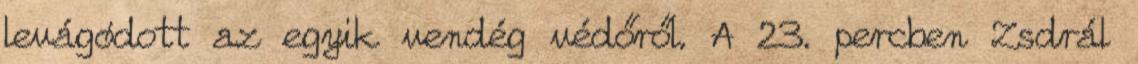
levágódott az egyik vendég védőről. A 23. percben Zsdrál